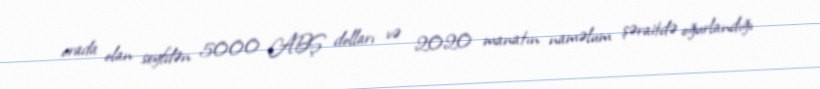
orada olan seyfdən 5000 ABŞ dolları və 2020 manatın naməlum şəraitdə oğurlandığı